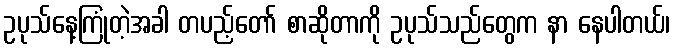
ဥပုသ်နေ့ကြုံတဲ့အခါ တပည့်တော် စာဆိုတာကို ဥပုသ်သည်တွေက နာ နေပါတယ်၊